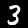
Digit: 3